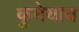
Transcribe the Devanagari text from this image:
कुमेयाय